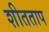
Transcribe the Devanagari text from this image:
शीतताप